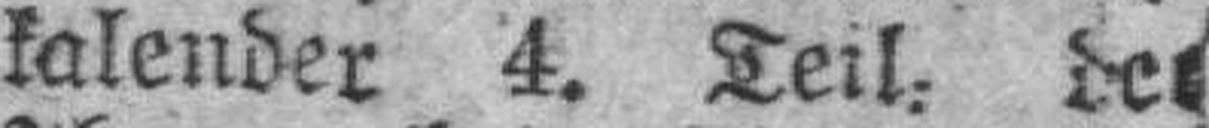
kalender 4. Teil, der